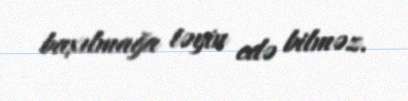
baxılmağa təyin edə bilməz.